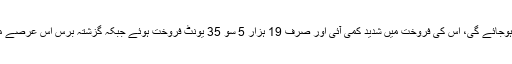
سوزوکی مہران جس کی پروڈکشن رواں برس اپریل میں ختم ہوجائے گی، اس کی فروخت میں شدید کمی آئی اور صرف 19 ہزار 5 سو 35 یونٹ فروخت ہوئے جبکہ گزشتہ برس اس عرصے میں مہران کے 26 ہزار 5 سو 43 یونٹ فروخت ہوئے تھے۔